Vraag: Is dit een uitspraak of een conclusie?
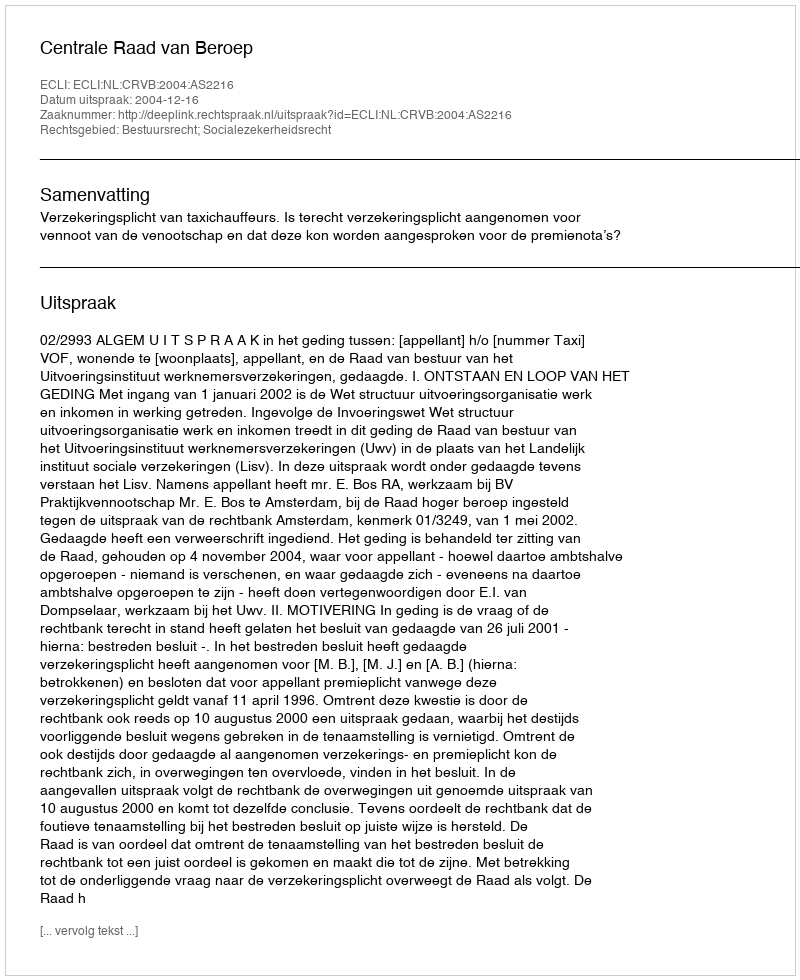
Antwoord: Uitspraak